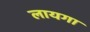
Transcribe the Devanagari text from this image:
लायगा